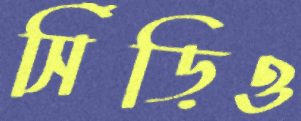
সিঁড়িও